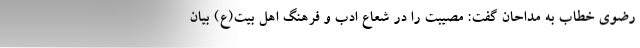
رضوی خطاب به مداحان گفت: مصیبت را در شعاع ادب و فرهنگ اهل بیت(ع) بیان